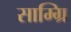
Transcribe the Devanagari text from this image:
साम्ग्रि